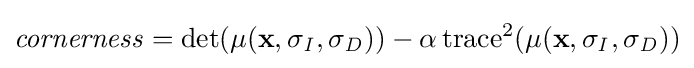
{\mathit {cornerness}}=\det(\mu (\mathbf {x} ,\sigma _{\mathit {I}},\sigma _{\mathit {D}}))-\alpha \operatorname {trace} ^{2}(\mu (\mathbf {x} ,\sigma _{\mathit {I}},\sigma _{\mathit {D}}))